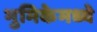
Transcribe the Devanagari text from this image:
भुमिकेमध्ये